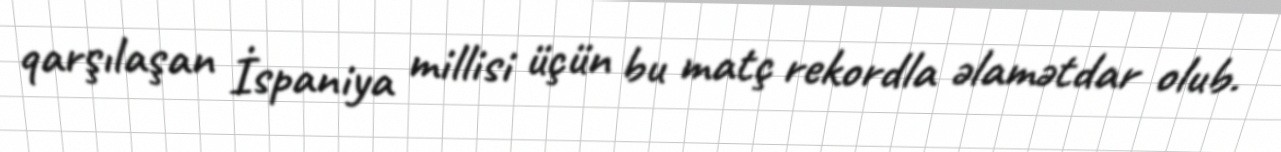
qarşılaşan İspaniya millisi üçün bu matç rekordla əlamətdar olub.